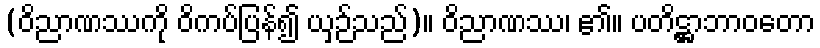
(ဝိညာဏဿကို ဝိကပ်ပြန်၍ ယှဉ်သည်)။ ဝိညာဏဿ၊ ၏။ ပတိဋ္ဌာဘာဝတော